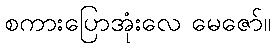
စကားပြောအုံးလေ မေဇော်။